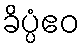
ခိပ္ပံဧဝ